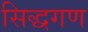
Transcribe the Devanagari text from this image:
सिद्धगण